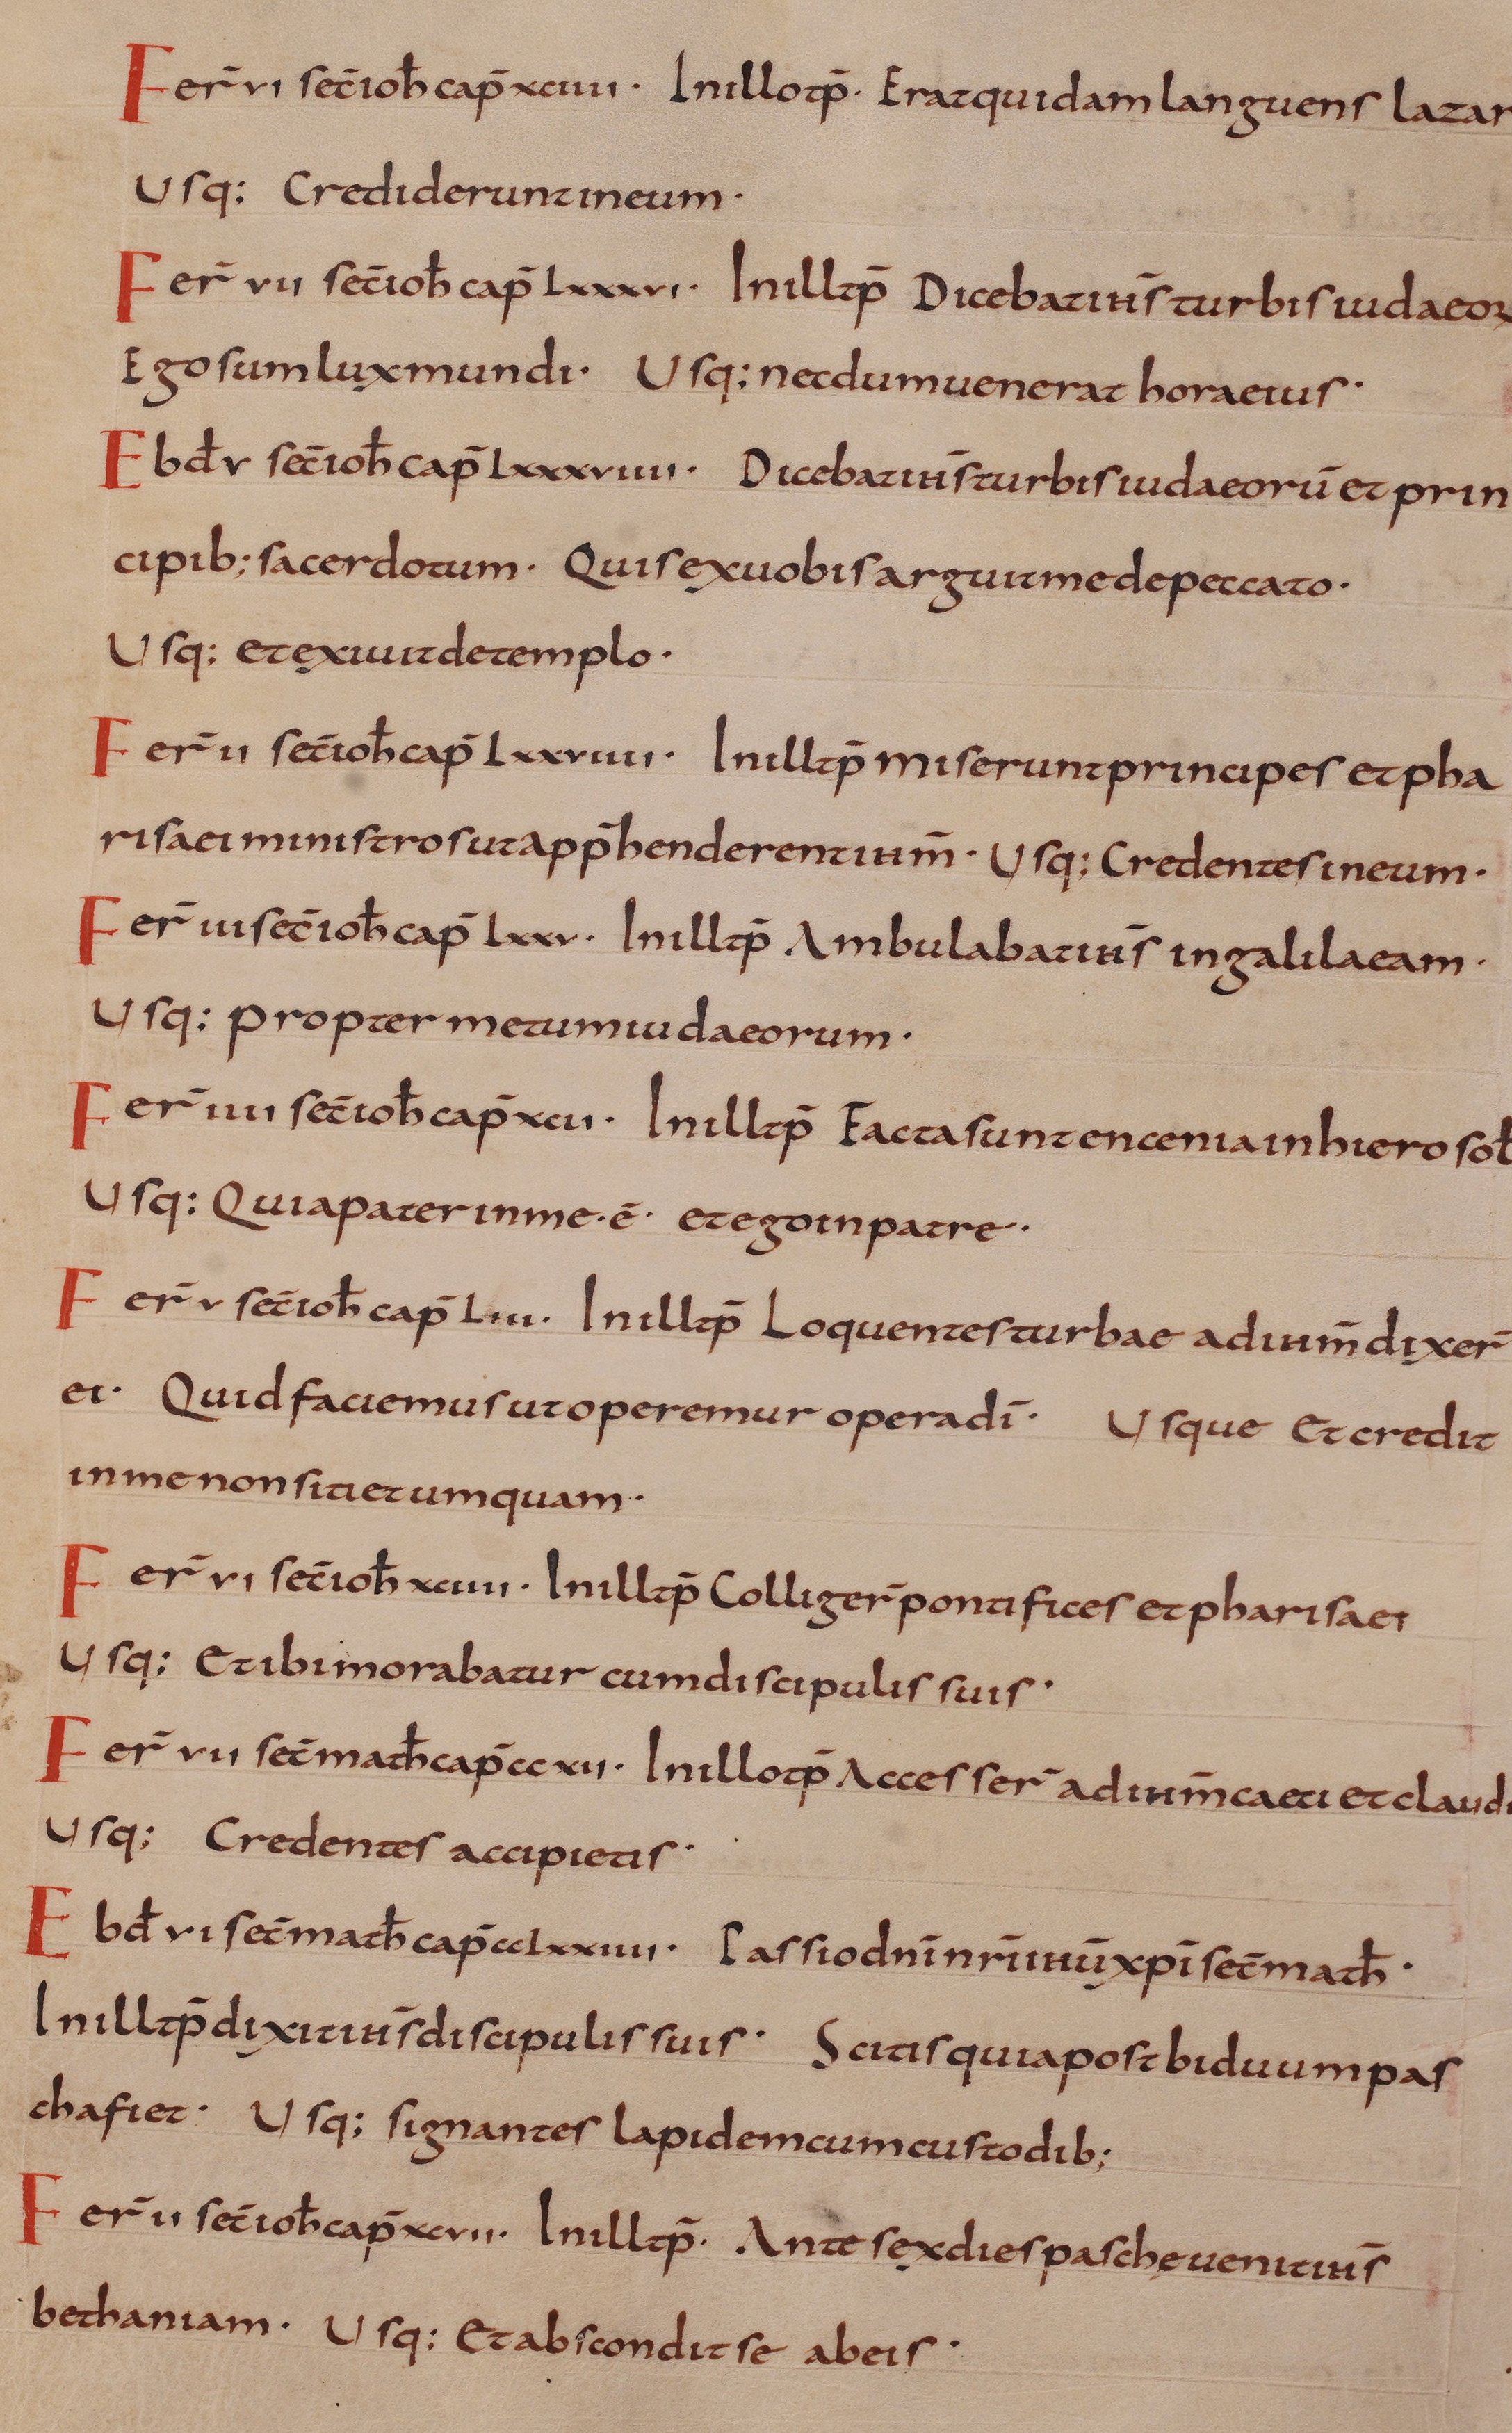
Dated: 800–899